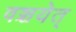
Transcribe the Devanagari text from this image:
वञ्चयेत्